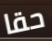
حقا